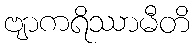
ဗျာကရိဿာမီတိ